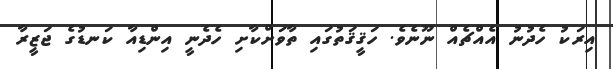
އިރަކު ހެދުނު އެއްޗެއް ނޫނެވެ. ހަޤީޤަތުގައި ތާވަށްކާށި ހެދެނީ އިންޑިއާ ކަނޑުގެ ޖަޒީރާ